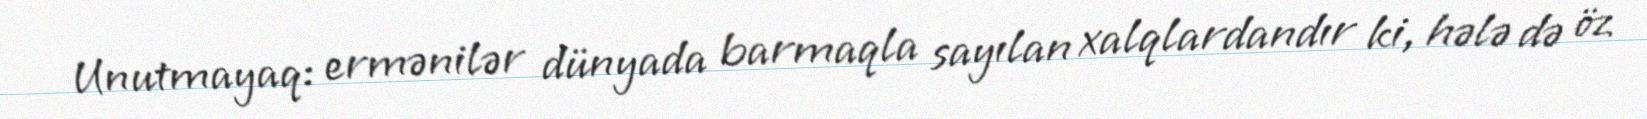
Unutmayaq: ermənilər dünyada barmaqla sayılan xalqlardandır ki, hələ də öz